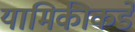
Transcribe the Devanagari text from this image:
यामिकीकडे